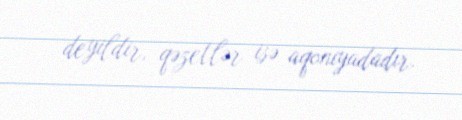
deyildir, qəzetlər isə aqoniyadadır.